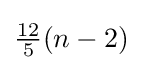
{\tfrac {12}{5}}(n-2)